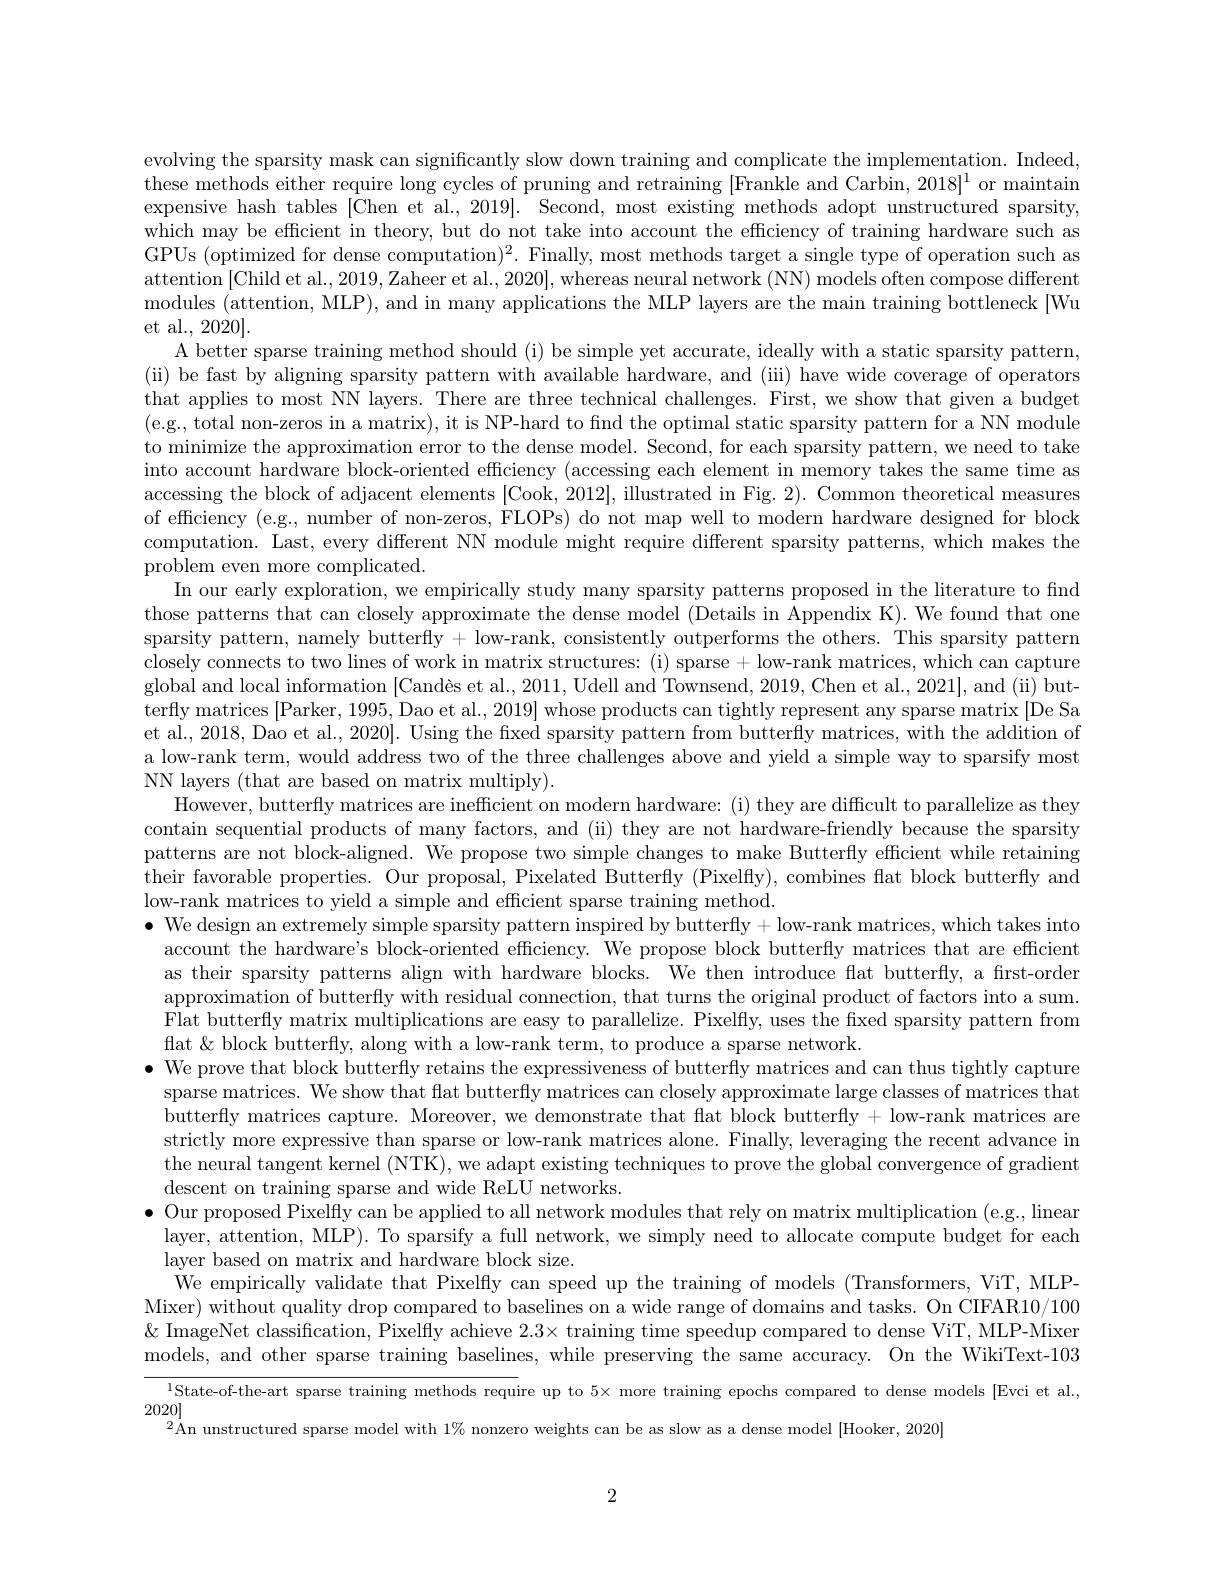
evolving the sparsity mask can significantly slow down training and complicate the implementation. Indeed, these methods either require long cycles of pruning and retraining [Frankle and Carbin, 2018]$^1$ or maintain expensive hash tables [Chen et al., 2019]. Second, most existing methods adopt unstructured sparsity, which may be efficient in theory, but do not take into account the efficiency of training hardware such as GPUs (optimized for dense computation)$^2.$ Finally, most methods target a single type of operation such as attention [Child et al., 2019, Zaheer et al., 2020], whereas neural network (NN) models often compose different modules (attention, MLP), and in many applications the MLP layers are the main training bottleneck [Wu et al., 2020].
A better sparse training method should (i) be simple yet accurate, ideally with a static sparsity pattern, (ii) be fast by aligning sparsity pattern with available hardware, and (iii) have wide coverage of operators that applies to most NN layers. There are three technical challenges. First, we show that given a budget (e.g., total non-zeros in a matrix), it is NP-hard to find the optimal static sparsity pattern for a NN module to minimize the approximation error to the dense model. Second, for each sparsity pattern, we need to take into account hardware block-oriented efficiency (accessing each element in memory takes the same time as accessing the block of adjacent elements [Cook, 2012], illustrated in Fig. 2). Common theoretical measures of efficiency (e.g., number of non-zeros, FLOPs) do not map well to modern hardware designed for block computation. Last, every different NN module might require different sparsity patterns, which makes the problem even more complicated.
In our early exploration, we empirically study many sparsity patterns proposed in the literature to find those patterns that can closely approximate the dense model (Details in Appendix K). We found that one sparsity pattern, namely butterfly + low-rank, consistently outperforms the others. This sparsity pattern closely connects to two lines of work in matrix structures: (i) sparse + low-rank matrices, which can capture global and local information $[ \text{Cand\` {e}setal. , 2011, UdellandTownsend, 2019, Chenetal. , 2021] , and( ii) but- }$ terfly matrices [Parker, 1995, Dao et al., 2019] whose products can tightly represent any sparse matrix [De Sa et al., 2018, Dao et al., 2020]. Using the fxed sparsity pattern from butterfly matrices, with the addition of a low-rank term, would address two of the three challenges above and yield a simple way to sparsify most NN layers (that are based on matrix multiply).
However, butterfly matrices are inefficient on modern hardware: (i) they are difficult to parallelize as they contain sequential products of many factors, and (ii) they are not hardware-friendly because the sparsity patterns are not block-aligned. We propose two simple changes to make Butterfly efficient while retaining their favorable properties. Our proposal, Pixelated Butterfly (Pixelfly), combines flat block butterfly and low-rank matrices to yield a simple and efficient sparse training method.
$\bullet$ We design an extremely simple sparsity pattern inspired by butterfly +low-rank matrices, which takes into
account the hardware's block-oriented efficiency. We propose block butterfly matrices that are efficient as their sparsity patterns align with hardware blocks. We then introduce flat butterfly, a first-order approximation of butterfly with residual connection, that turns the original product of factors into a sum. Flat butterfly matrix multiplications are easy to parallelize. Pixelfly, uses the fixed sparsity pattern from flat & block butterfly, along with a low-rank term, to produce a sparse network.
$\bullet$ We prove that block butterfly retains the expressiveness of butterfly matrices and can thus tightly capture
sparse matrices. We show that flat butterfly matrices can closely approximate large classes of matrices that butterfly matrices capture. Moreover, we demonstrate that flat block butterfly + low-rank matrices are strictly more expressive than sparse or low-rank matrices alone. Finally, leveraging the recent advance in the neural tangent kernel (NTK), we adapt existing techniques to prove the global convergence of gradient descent on training sparse and wide ReLU networks.
$\bullet$ Our proposed Pixelfly can be applied to all network modules that rely on matrix multiplication (e.g, linear
layer, attention, MLP). To sparsify a full network, we simply need to allocate compute budget for each
layer based on matrix and hardware block size.
We empirically validate that Pixelfly can speed up the training of models (Transformers, ViT, MLPMixer) without quality drop compared to baselines on a wide range of domains and tasks. On CIFAR10/100 & ImageNet classification, Pixelfly achieve $2.3\times$ training time speedup compared to dense ViT, MLP-Mixer models, and other sparse training baselines, while preserving the same accuracy. On the WikiText-103 ${^{1}\text{State-of-the-art sparse training methods require up to 5× more training epochs compared to dense models [Evci et al.,}]}$ 2020]

$^2\text{\' {A}nunstructured sparse modelwith 1\%  nonzero weights can be as slow as a dense model [ Hooker,  2020] }$

2